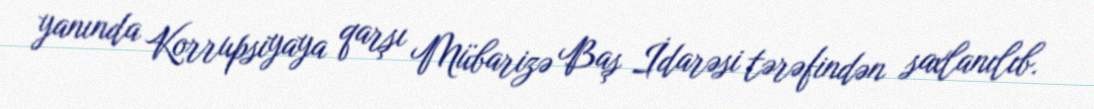
yanında Korrupsiyaya qarşı Mübarizə Baş İdarəsi tərəfindən saxlanılıb.